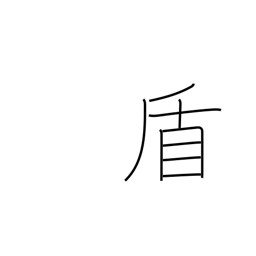
Meaning: pretext